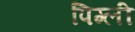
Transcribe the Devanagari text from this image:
पिग्ली